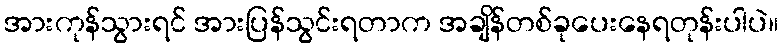
အားကုန်သွားရင် အားပြန်သွင်းရတာက အချိန်တစ်ခုပေးနေရတုန်းပါပဲ။